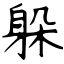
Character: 躲